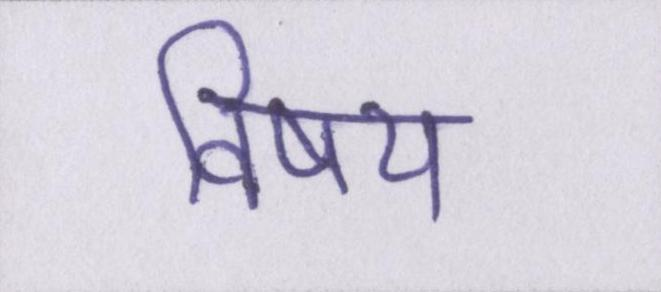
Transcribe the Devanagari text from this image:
विषय